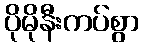
ပိုမိုနီးကပ်စွာ